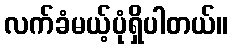
လက်ခံမယ့်ပုံရှိပါတယ်။